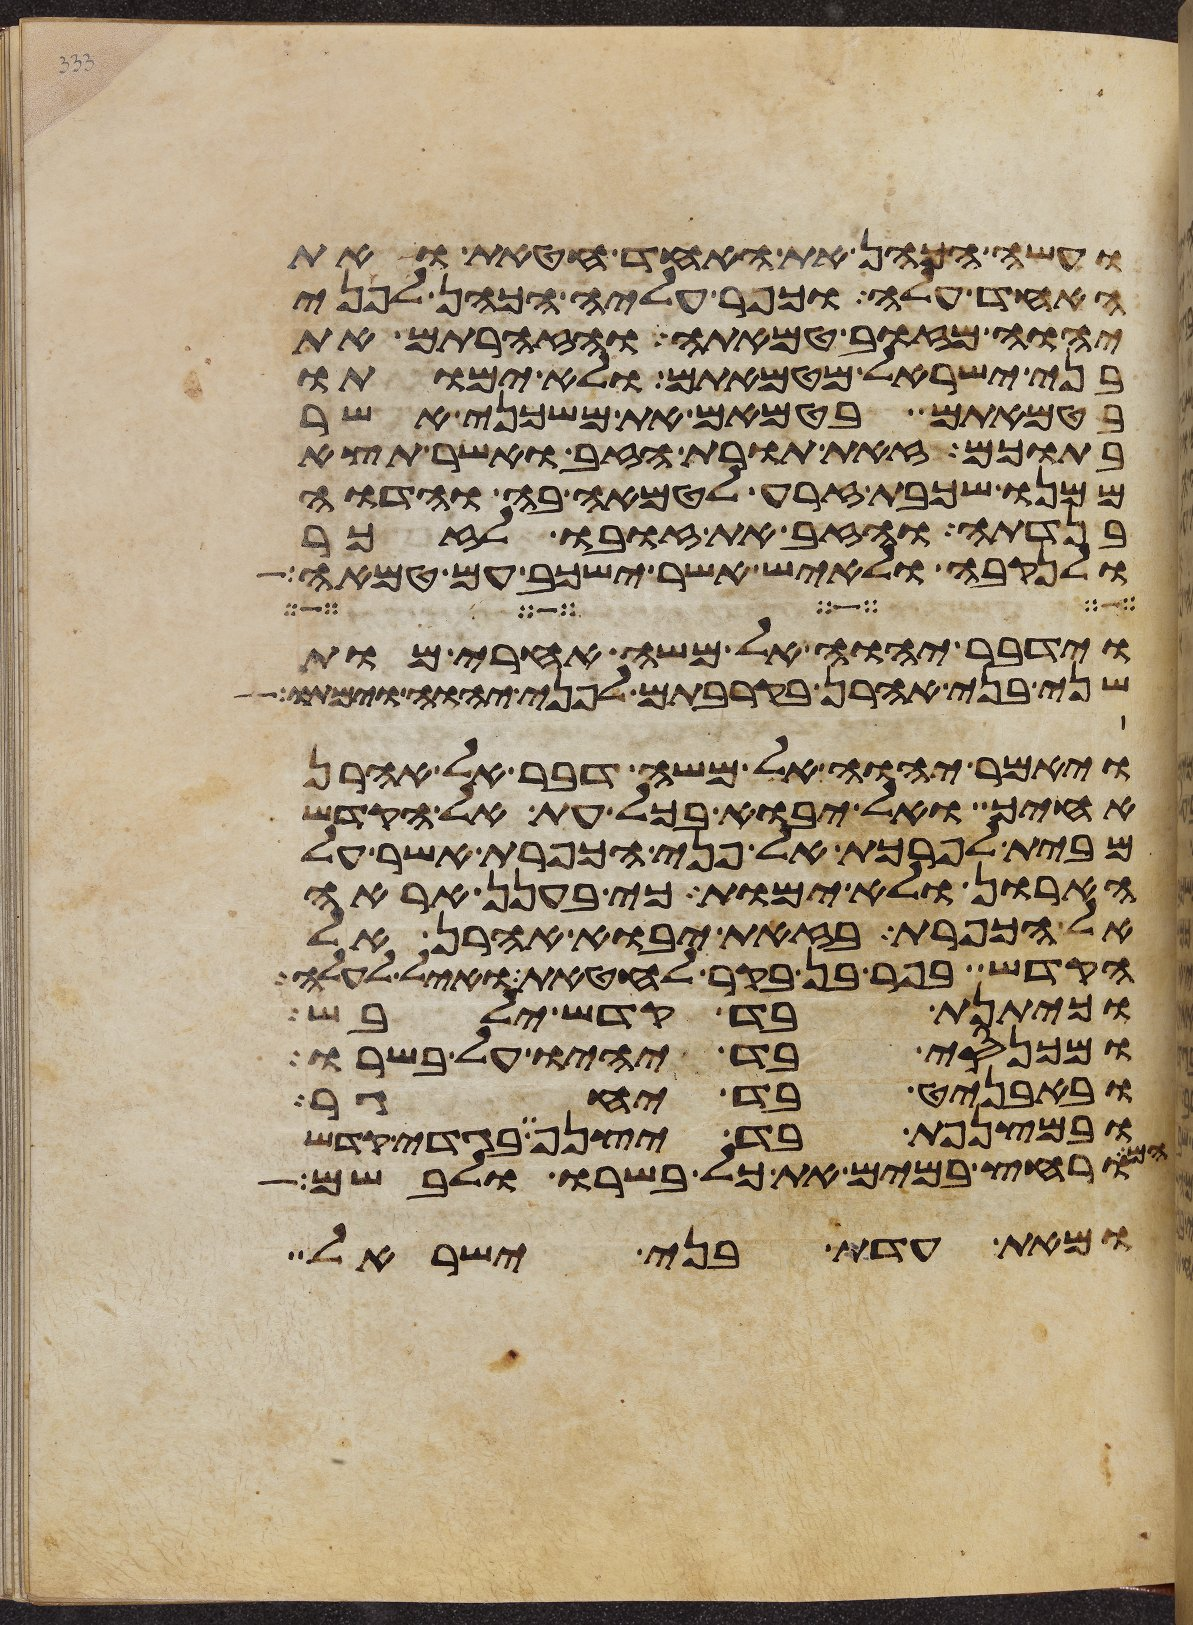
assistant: ועשה הכהן את האחד חטאת ואת
האחד עלה וכפר עליה הכהן לפני
יהוה מזוב טמאתה והזהרתם את
בני ישראל מטמאתם ולא ימותו
בטמאתם בטמאם את משכני אשר
בתוכם זאת תורת הזב ואשר תצא
ממנו שכבת זרע לטמאה בה והדוה
בנדתה והזב את זובו לזכר
ולנקבה ולאיש אשר ישכב עם טמאה
וידבר יהוה אל משה אחרי מות
שני בני אהרן בקרבתם לפני יהוה וימתו
ויאמר יהוה אל משה דבר אל אהרן
אחיך ואל יבוא בכל עת אל הקדש
מבית לפרכת אל פני הכפרת אשר על
הארון ולא ימות כי בענן אראה
אל הכפרת בזאת יבוא אהרן אל
הקדש בפר בן בקר לחטאת ואיל לעלה
וכיתנת בד קדש ילבש
ומכנסי בד יהיו על בשרו
ובאבניט בד יחגר
ובמצנפת בד יצנף בגדי קדש
הם
ורחץ במים את כל בשרו ולבשם
ומאת עדת בני ישראל